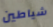
شياطين